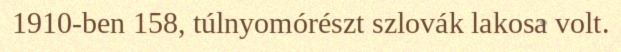
1910-ben 158, túlnyomórészt szlovák lakosa volt.